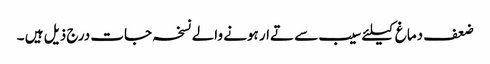
ضعف دماغ کیلئے سیب سے تےار ہونے والے نسخہ جات درج ذیل ہیں ۔